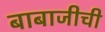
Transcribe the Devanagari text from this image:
बाबाजीची